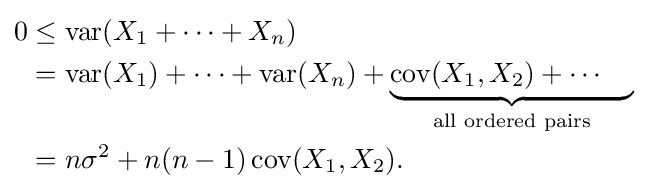
{\begin{aligned}0&\leq \operatorname {var} (X_{1}+\cdots +X_{n})\\&=\operatorname {var} (X_{1})+\cdots +\operatorname {var} (X_{n})+\underbrace {\operatorname {cov} (X_{1},X_{2})+\cdots \quad {}} _{\text{all ordered pairs}}\\&=n\sigma ^{2}+n(n-1)\operatorname {cov} (X_{1},X_{2}).\end{aligned}}